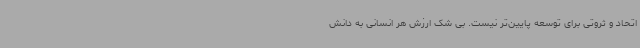
اتحاد و ثروتی برای توسعه پایین‌تر نیست. بی شک ارزش هر انسانی به دانش